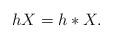
LaTeX: \begin{align*}hX = h \ast X.\end{align*}